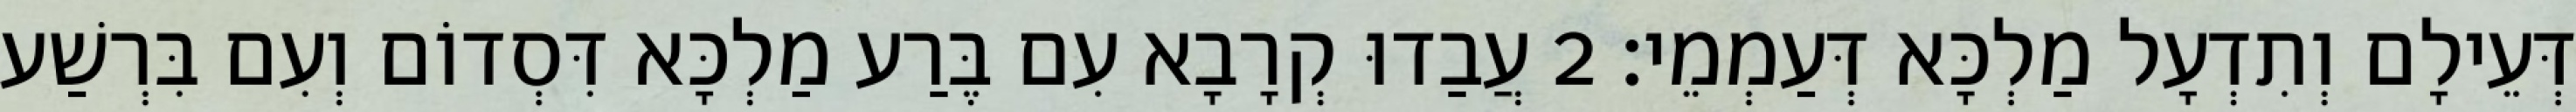
דְּעֵילָם וְתִדְעָל מַלְכָּא דְּעַמְמֵי׃ 2 עֲבַדוּ קְרָבָא עִם בֶּרַע מַלְכָּא דִּסְדוֹם וְעִם בִּרְשַׁע